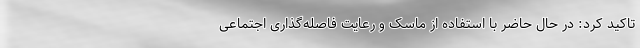
تاکید کرد: در حال حاضر با استفاده از ماسک و رعایت فاصله‌گذاری اجتماعی